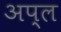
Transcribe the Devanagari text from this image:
अप्ल